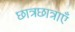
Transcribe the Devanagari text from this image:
छात्रछात्राएँ